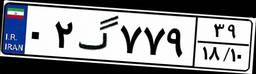
۰۲گ۷۷۹۳۹